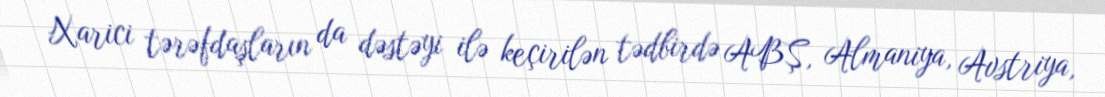
Xarici tərəfdaşların da dəstəyi ilə keçirilən tədbirdə ABŞ, Almaniya, Avstriya,